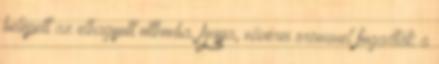
belépett az elhagyott otthonba. Anyja, nővérei örömmel fogadták a